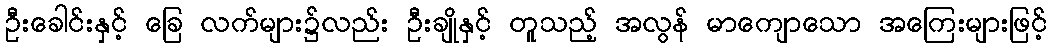
ဦးခေါင်းနှင့် ခြေ လက်များ၌လည်း ဦးချိုနှင့် တူသည့် အလွန် မာကျောသော အကြေးများဖြင့်